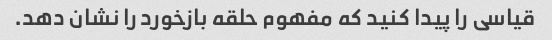
قیاسی را پیدا کنید که مفهوم حلقه بازخورد را نشان دهد.